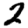
Digit: 2